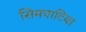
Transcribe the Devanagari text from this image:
सिमपाटिया